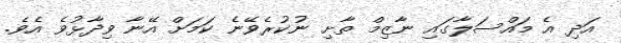
އަދި އެ މައްސަލާގައި ނާޒިމް ތާށި ނުކުރެވޭނެ ކަމަށް އޭނާ ވިދާޅުވެ އެވެ.